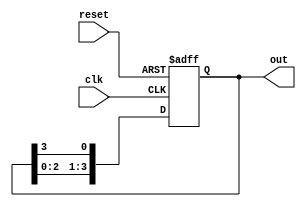
module ring_counter #(
    parameter n = 4  // Number of flip-flops
)(
    input wire clk,      // Clock input
    input wire reset,    // Asynchronous reset input
    output reg [n-1:0] out // Output representing the current state
);

    // Initial state for the ring counter
    initial begin
        out = 1'b1; // Initialize the counter to 100...0
    end

    always @(posedge clk or posedge reset) begin
        if (reset) begin
            out <= 1'b1; // Reset to initial state 100...0
        end else begin
            // Shift the '1' to the next flip-flop
            out <= {out[n-2:0], out[n-1]}; // Shift left and wrap around
        end
    end

endmodule